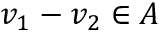
v _ { 1 } - v _ { 2 } \in A